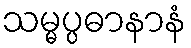
သမ္မပ္ပဓာနာနံ